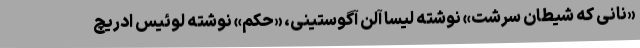
«نانی که شیطان سرشت» نوشته لیسا آلن آگوستینی، «حکم» نوشته لوئیس ادریچ